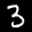
Label: 3